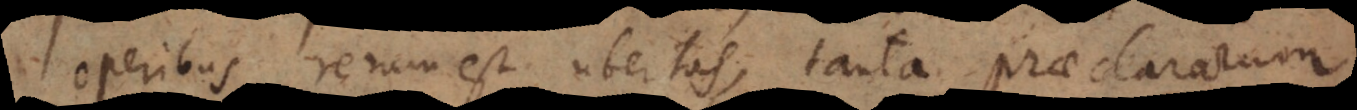
operibus rerum est ubertas, tanta praeclararum